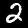
Digit: 2